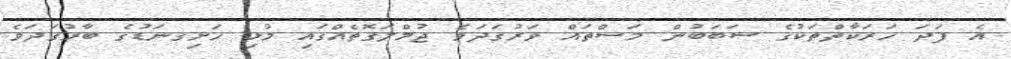
އެ ފަދަ ހަރަކާތްތަކުގެ ސަބަބުން މަސްތައް ވަރުގަދަވެ ޖުމްލަގޮތެއްގައި މުޅި ހަށިގނަޑުގެ ބާރުގަދަވެ